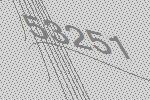
53251